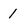
Character: 1